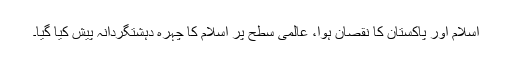
اسلام اور پاکستان کا نقصان ہوا، عالمی سطح پر اسلام کا چہرہ دہشتگردانہ پیش کیا گیا۔